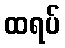
ထရပ်